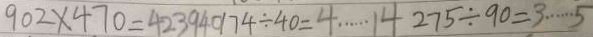
9 0 2 \times 4 7 0 = 4 2 3 9 4 0 1 7 4 \div 4 0 = 4 \cdots 1 4 2 7 5 \div 9 0 = 3 \cdots 5